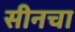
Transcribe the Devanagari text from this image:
सीनचा